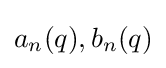
a_{n}(q),b_{n}(q)